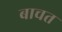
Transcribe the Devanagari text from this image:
बाचत